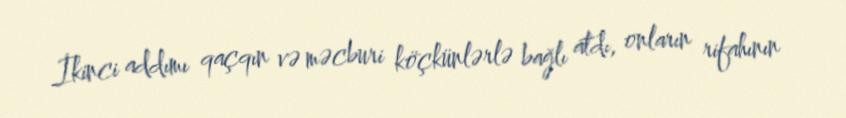
İkinci addımı qaçqın və məcburi köçkünlərlə bağlı atdı, onların rifahının